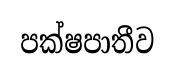
පක්ෂපාතීව